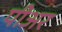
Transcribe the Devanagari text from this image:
पीअर